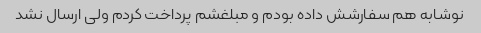
نوشابه هم سفارشش داده بودم و مبلغشم پرداخت کردم ولی ارسال نشد